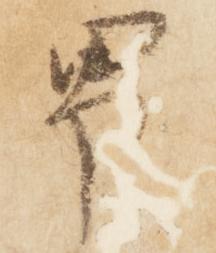
男